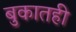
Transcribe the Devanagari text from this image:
बुकातही